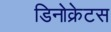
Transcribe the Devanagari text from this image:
डिनोक्रेटस